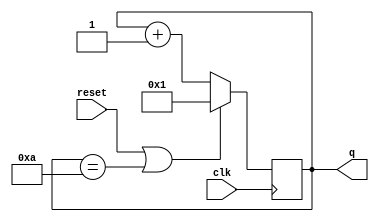
module top_module (
    input clk,
    input reset,        // Synchronous active-high reset
    output [3:0] q);
    always @(posedge clk) begin
        if(reset||q==4'b1010) q<=1;
        else q<=q+4'b0001;
    end
endmodule